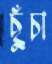
ছুঁচা